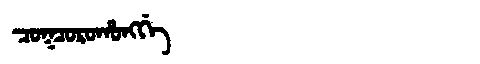
Manchu: ᠴᠣᡴᠴᠣᡵᠣᡥᠣᠩᡤᡝ
Romanization: COKCOROHONGGE